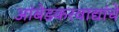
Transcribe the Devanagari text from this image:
आंबेडकरवाद्यांचे